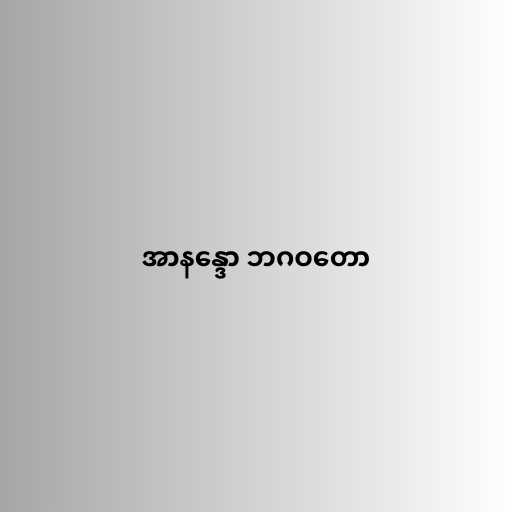
အာနန္ဒော ဘဂဝတော